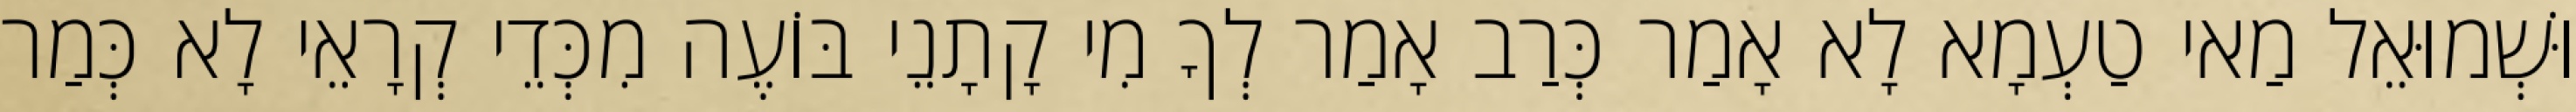
וּשְׁמוּאֵל מַאי טַעְמָא לָא אָמַר כְּרַב אָמַר לְךָ מִי קָתָנֵי בּוֹעֶה מִכְּדֵי קְרָאֵי לָא כְּמַר